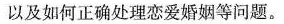
以及如何正确处理恋爱婚姻等问题。